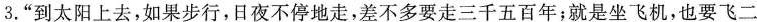
3.”到太阳上去，如果步行，日夜不停地走，差不多要走三千五百年；就是坐飞机，也要飞二